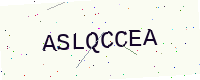
Text: ASLQCCEA